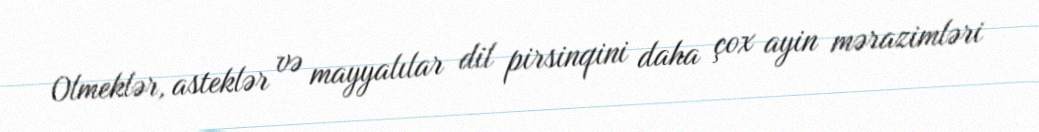
Olmeklər, asteklər və mayyalılar dil pirsinqini daha çox ayin mərazimləri